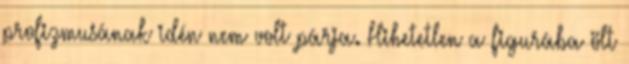
profizmusának idén nem volt párja. Hihetetlen a figurába ölt